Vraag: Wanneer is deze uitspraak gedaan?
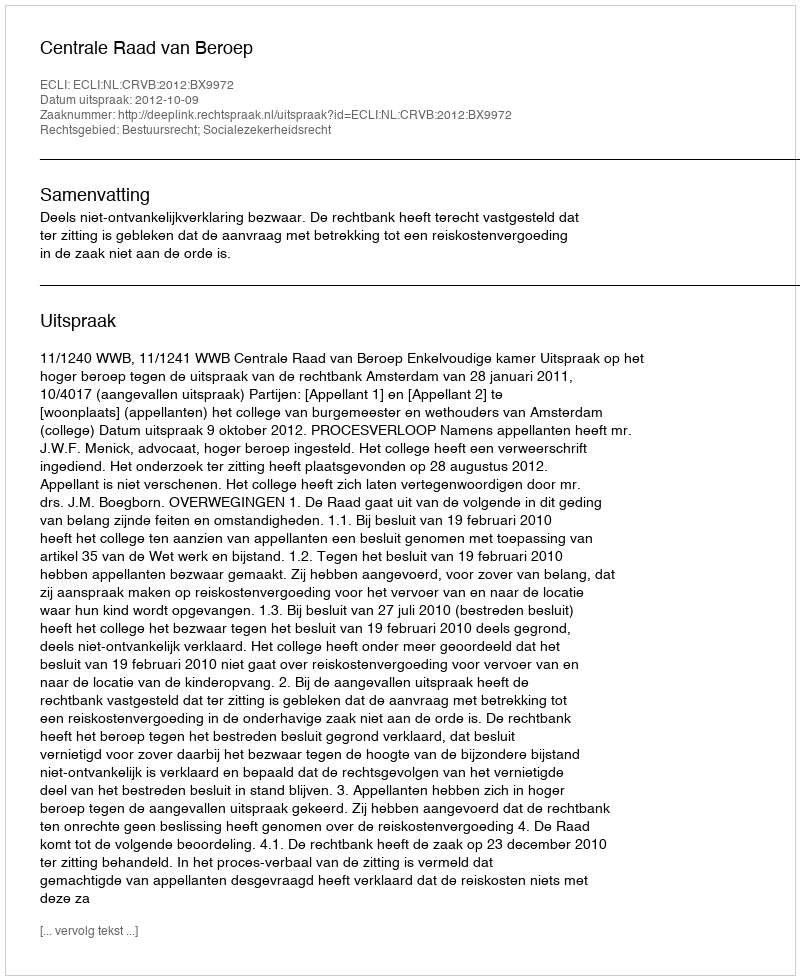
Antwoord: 2012-10-09